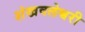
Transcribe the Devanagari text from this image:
शंखवलेश्वरी